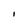
Character: I